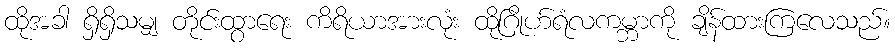
ထိုအခါ ရှိရှိသမျှ တိုင်းထွာရေး ကိရိယာအားလုံး ထိုဂြိုဟ်ရံလကမ္ဘာကို ချိန်ထားကြလေသည်။